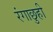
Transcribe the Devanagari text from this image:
रंगाछुही